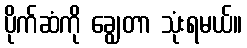
ပိုက်ဆံကို ချွေတာ သုံးရမယ်။